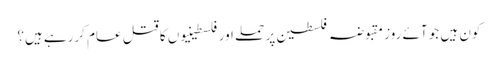
کون ہیں جو آئے روز مقبوضہ فلسطین پر حملے اور فلسطینیوں کا قتل عام کررہے ہیں؟